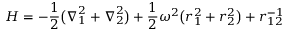
H = - \frac { 1 } { 2 } \bigl ( \boldsymbol { \nabla } _ { 1 } ^ { 2 } + \boldsymbol { \nabla } _ { 2 } ^ { 2 } \bigr ) + \frac { 1 } { 2 } \omega ^ { 2 } \bigl ( r _ { 1 } ^ { 2 } + r _ { 2 } ^ { 2 } \bigr ) + r _ { 1 2 } ^ { - 1 }